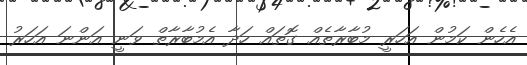
އެހެން ކަމުން އަހަރީ މުބާރާތެއް ގޮތައް ހަދާ އެމުބާރާތް ވަނީ އަންނަ އަހަރު